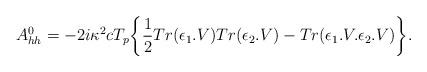
LaTeX: \begin{align*}A_{hh}^0=-2i\kappa^2cT_{p}\bigg\{{1\over2}Tr(\epsilon_1.V)Tr(\epsilon_2.V)-Tr(\epsilon_1.V.\epsilon_2.V)\bigg\}.\end{align*}